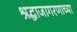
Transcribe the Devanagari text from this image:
श्रद्धाजागरणाच्या